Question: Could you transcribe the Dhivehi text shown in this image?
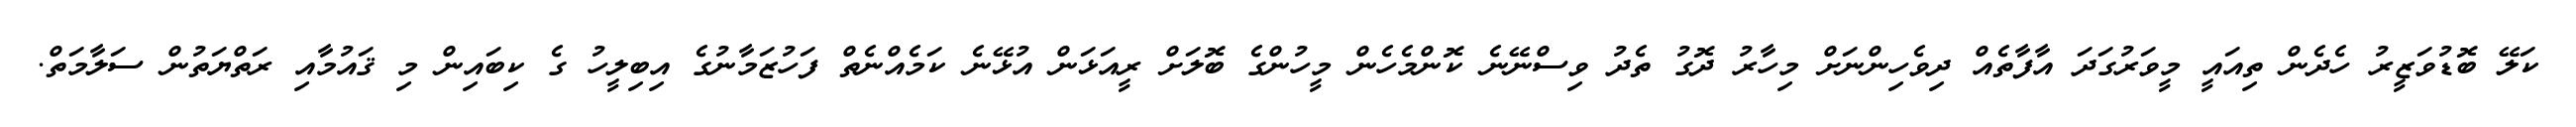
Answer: ކަލޭ ބޮޑުވަޒީރު ހެދެން ތިއައީ މީވަރުގަދަ އާފާތެއް ދިވެހިންނަށް މިހާރު ދޮގު ތެދު ވިސްނޭނެ ކޮންމެހެން މީހުންގެ ބޮލަށް ރީއަޅަން އުޅޭނެ ކަމެއްނެތް ފަހުޒަމާނުގެ އިބިލީހު ގެ ކިބައިން މި ޤައުމާއި ރަތްޔަތުން ސަލާމަތް.